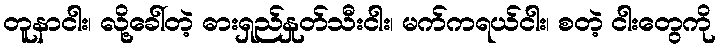
တူနာငါး၊ လို့ခေါ်တဲ့ ဓားရှည်နှုတ်သီးငါး၊ မက်ကရယ်ငါး၊ စတဲ့ ငါးတွေကို